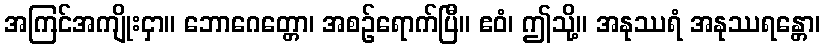
အကြင်အကျိုးငှာ။ ဘောဂေတ္တော၊ အစဉ်ရောက်ပြီ။ ဧဝံ၊ ဤသို့။ အနုဿရံ အနုဿရန္တော၊